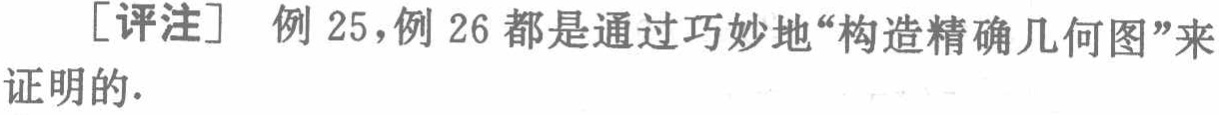
[评注] 例 25,例 26 都是通过巧妙地“构造精确几何图”来证明的.